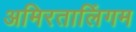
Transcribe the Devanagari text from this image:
अमिरतालिंगम